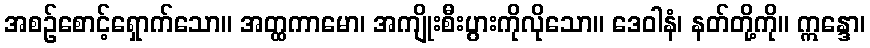
အစဉ်စောင့်ရှောက်သော။ အတ္ထကာမော၊ အကျိုးစီးပွားကိုလိုသော။ ဒေဝါနံ၊ နတ်တို့ကို။ ဣန္ဒော၊